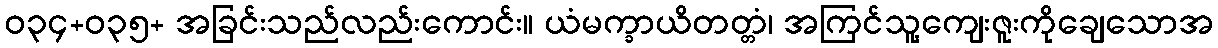
ဝ၃၄+၀၃၅+ အခြင်းသည်လည်းကောင်း။ ယံမက္ခာယိတတ္တံ၊ အကြင်သူ့ကျေးဇူးကိုချေသောအ